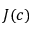
J ( c )